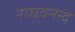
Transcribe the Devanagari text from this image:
राघवनन्द